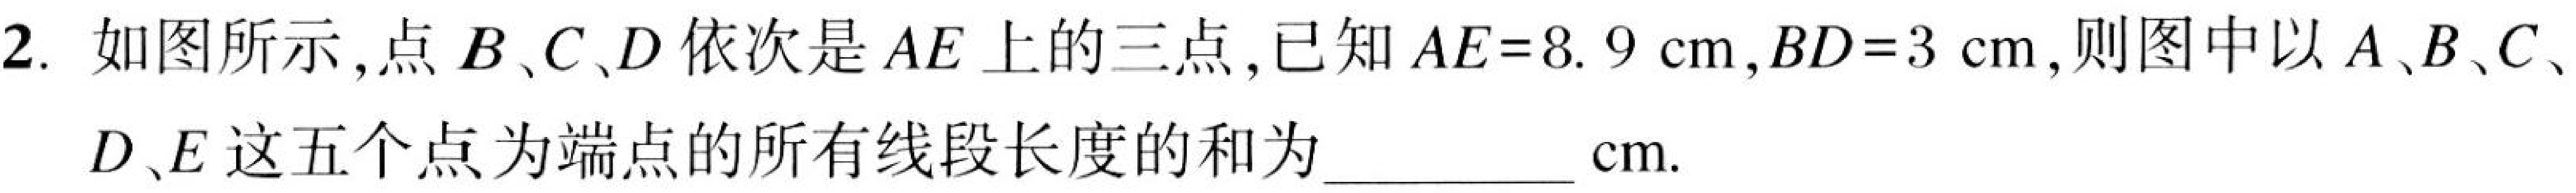
2. 如图所示，点\(B\)、\(C\)、\(D\)依次是\(AE\)上的三点，已知\(AE = 8.9\mathrm{cm}\)，\(BD = 3\mathrm{cm}\)，则图中以\(A\)、\(B\)、\(C\)、\(D\)、\(E\)这五个点为端点的所有线段长度的和为 \_\_\_\_\_\_\_\_ \(\mathrm{cm}\).